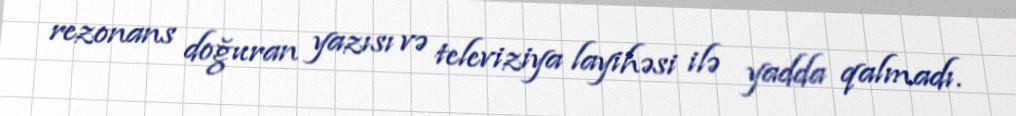
rezonans doğuran yazısı və televiziya layihəsi ilə yadda qalmadı.